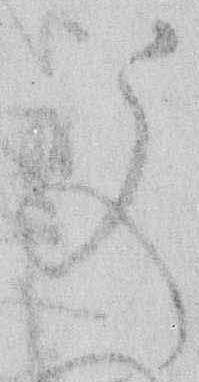
文